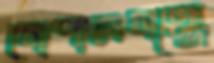
গোপালগঞ্জে